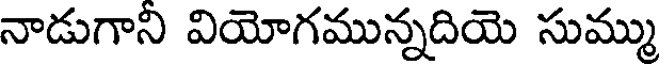
నాడుగాని వియోగమున్నదియె సుమ్ము